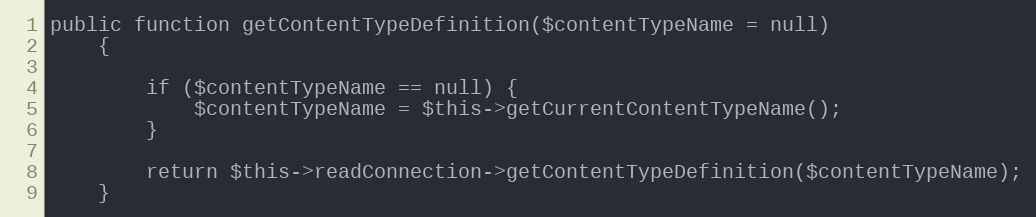
Language: PHP
public function getContentTypeDefinition($contentTypeName = null)
    {

        if ($contentTypeName == null) {
            $contentTypeName = $this->getCurrentContentTypeName();
        }

        return $this->readConnection->getContentTypeDefinition($contentTypeName);
    }